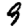
Digit: 9